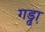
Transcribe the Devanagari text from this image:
गड्ढा़